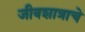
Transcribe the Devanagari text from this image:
जीवशात्राचे